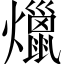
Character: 爉